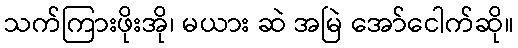
သက်ကြားဖိုးအို၊ မယား ဆဲ အမြဲ အော်ငေါက်ဆို။